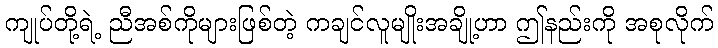
ကျုပ်တို့ရဲ့ ညီအစ်ကိုများဖြစ်တဲ့ ကချင်လူမျိုးအချို့ဟာ ဤနည်းကို အစုလိုက်